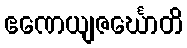
ဧဏေယျဇင်္ဃောတိ